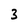
Character: 3